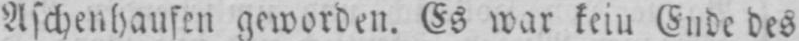
Aschenhaufen geworden. Es war keiu Eude des